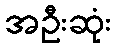
အဦးဆုံး